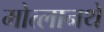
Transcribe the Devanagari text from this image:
मोत्लानथे